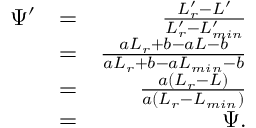
\begin{array} { r l r } { \Psi ^ { \prime } } & { = } & { \frac { L _ { r } ^ { \prime } - L ^ { \prime } } { L _ { r } ^ { \prime } - L _ { m i n } ^ { \prime } } } \\ & { = } & { \frac { a L _ { r } + b - a L - b } { a L _ { r } + b - a L _ { m i n } - b } } \\ & { = } & { \frac { a ( L _ { r } - L ) } { a ( L _ { r } - L _ { m i n } ) } } \\ & { = } & { \Psi . } \end{array}